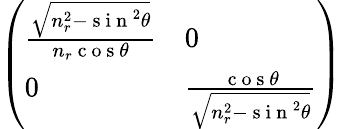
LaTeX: \left(\begin{array}{ll}{\frac{\sqrt{n_{r}^{2}-\mathrm{~s~i~n~}^{2}\theta}}{n_{r}\mathrm{~c~o~s~}\theta}}&{0}\\ {0}&{\frac{\mathrm{~c~o~s~}\theta}{\sqrt{n_{r}^{2}-\mathrm{~s~i~n~}^{2}\theta}}}\end{array}\right)